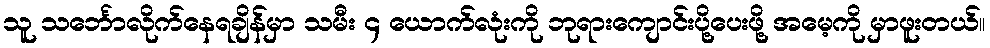
သူ သင်္ဘောလိုက်နေရချိန်မှာ သမီး ၄ ယောက်လုံးကို ဘုရားကျောင်းပို့ပေးဖို့ အမေ့ကို မှာဖူးတယ်။